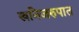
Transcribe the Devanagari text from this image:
खनिजरुपात